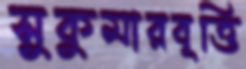
সুকুমারবৃত্তি